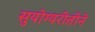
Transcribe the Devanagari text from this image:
सुयोग्यरीतीने